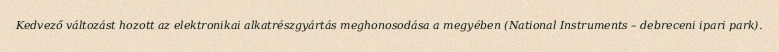
Kedvező változást hozott az elektronikai alkatrészgyártás meghonosodása a megyében (National Instruments – debreceni ipari park).